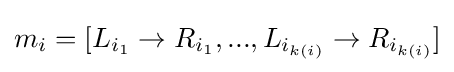
m_{i}=[L_{i_{1}}\rightarrow R_{i_{1}},...,L_{i_{k(i)}}\rightarrow R_{i_{k(i)}}]